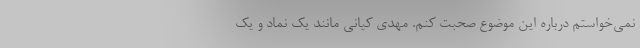
نمی‌خواستم درباره این موضوع صحبت کنم. مهدی کیانی مانند یک نماد و یک